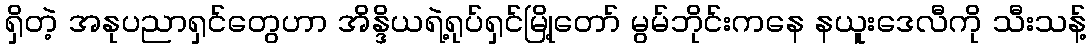
ရှိတဲ့ အနုပညာရှင်တွေဟာ အိန္ဒိယရဲ့ရုပ်ရှင်မြို့တော် မွမ်ဘိုင်းကနေ နယူးဒေလီကို သီးသန့်